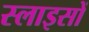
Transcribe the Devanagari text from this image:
स्लाइसों